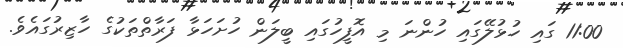
11:00 ގައި ހުޅުލޭގައި ހުންނަ މި އޮފީހުގައި ބީލަން ހުށަހަޅާ ފަރާތްތަކުގެ ހާޒިރުގައެވެ.